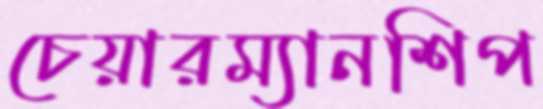
চেয়ারম্যানশিপ